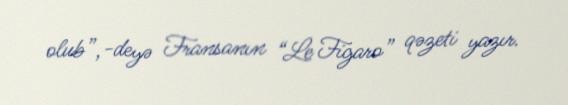
olub”,-deyə Fransanın “Le Figaro” qəzeti yazır.